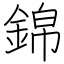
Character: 錦